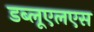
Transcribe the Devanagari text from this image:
डब्लूएलएस